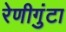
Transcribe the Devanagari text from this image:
रेणीगुंटा